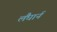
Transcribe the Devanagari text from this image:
लैंघार्न